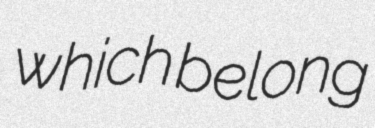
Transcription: which belong